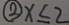
\textcircled { 2 } x \leq 2